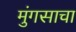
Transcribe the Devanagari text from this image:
मुंगसाचा